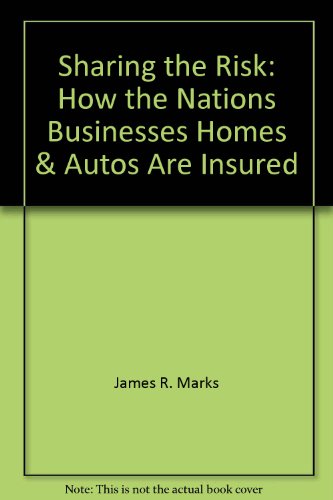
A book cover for Sharing the Risk: How the Nations Businesses, Homes & Autos Are Insured; Engineering & Transportation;